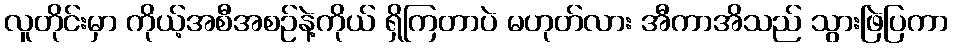
လူတိုင်းမှာ ကိုယ့်အစီအစဉ်နဲ့ကိုယ် ရှိကြတာပဲ မဟုတ်လား အီကာအိသည် သွားဖြဲပြကာ